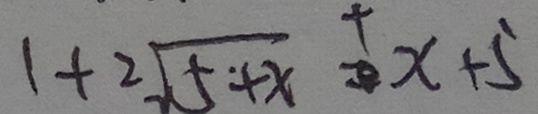
1 + 2 \sqrt { 5 + x } + x + 5